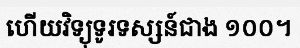
ហើយវិទ្យុទូរទស្សន៍ជាង ១០០។